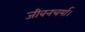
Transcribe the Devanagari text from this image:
जीवनचर्या।